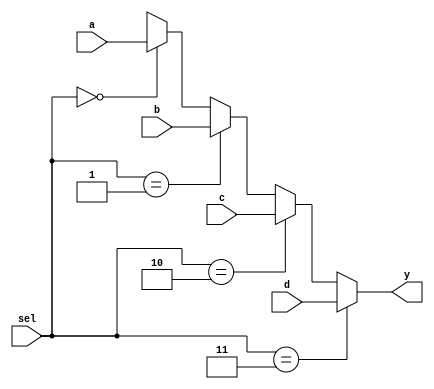
/* Generated by Yosys 0.43+11 (git sha1 49f547782, clang++ 14.0.0-1ubuntu1.1 -fPIC -Os) */
module top(sel, a, b, c, d, y);
  wire _0_;
  wire _1_;
  wire _2_;
  wire _3_;
  input a;
  wire a;
  input b;
  wire b;
  input c;
  wire c;
  input d;
  wire d;
  input [1:0] sel;
  wire [1:0] sel;
  output y;
  wire y;
  function [0:0] _4_;
    input [0:0] a;
    input [3:0] b;
    input [3:0] s;
    casez (s)
      4'b???1:
        _4_ = b[0:0];
      4'b??1?:
        _4_ = b[1:1];
      4'b?1??:
        _4_ = b[2:2];
      4'b1???:
        _4_ = b[3:3];
      default:
        _4_ = a;
    endcase
  endfunction
  assign y = _4_(1'hx, { a, b, c, d }, { _3_, _2_, _1_, _0_ });
  assign _0_ = sel ==  2'h3;
  assign _1_ = sel ==  2'h2;
  assign _2_ = sel ==  2'h1;
  assign _3_ = !  sel;
endmodule